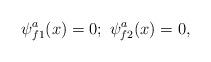
LaTeX: \begin{align*}\psi _{f1}^a(x)=0;\ \psi _{f2}^a(x)=0,\end{align*}